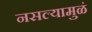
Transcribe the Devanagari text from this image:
नसल्यामुळं